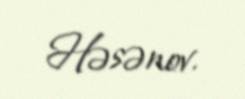
Həsənov.